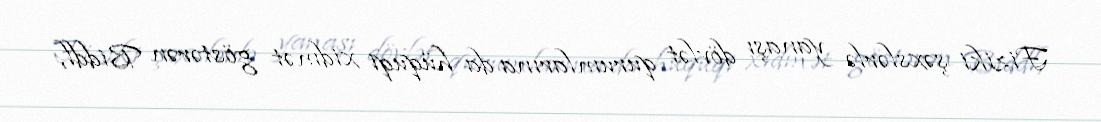
Fiziki şəxslərlə yanaşı dövlət qurumlarına da hüquqi xidmət göstərən Biddl,